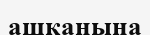
ашқанына